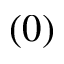
( 0 )